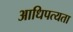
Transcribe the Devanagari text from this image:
आधिपत्यता